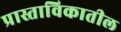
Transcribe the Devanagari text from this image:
प्रास्ताविकातील